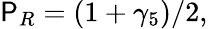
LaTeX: \mathsf{P}_{R}=(1+\gamma_{5})/2,